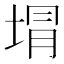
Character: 𭎯